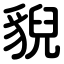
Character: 貎